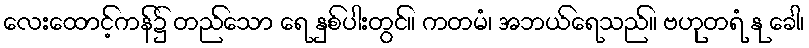
လေးထောင့်ကန်၌ တည်သော ရေ နှစ်ပါးတွင်။ ကတမံ၊ အဘယ်ရေသည်။ ဗဟုတရံ နု ခေါ၊